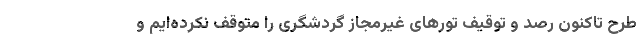
طرح تاکنون رصد و توقیف تورهای غیرمجاز گردشگری را متوقف نکرده‌ایم و